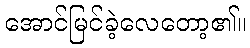
အောင်မြင်ခဲ့လေတော့၏။